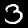
Label: 3